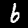
Digit: 6